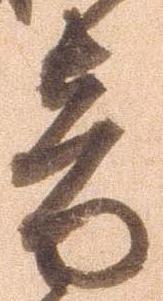
音